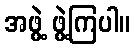
အဖွဲ့ ဖွဲ့ကြပါ။